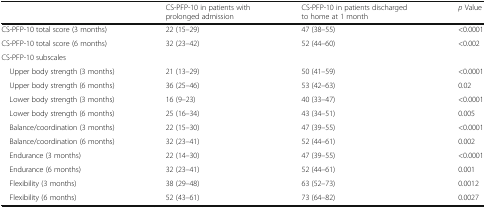
<table><thead><tr><td></td><td><b>CS-PFP-10 in patients with prolonged admission</b></td><td><b>CS-PFP-10 in patients discharged to home at 1 month</b></td><td><b><i>p</i> Value</b></td></tr></thead><tbody><tr><td>CS-PFP-10 total score (3 months)</td><td>22 (15–29)</td><td>47 (38–55)</td><td>&lt;0.0001</td></tr><tr><td>CS-PFP-10 total score (6 months)</td><td>32 (23–42)</td><td>52 (44–60)</td><td>&lt;0.002</td></tr><tr><td colspan="4">CS-PFP-10 subscales</td></tr><tr><td> Upper body strength (3 months)</td><td>21 (13–29)</td><td>50 (41–59)</td><td>&lt;0.0001</td></tr><tr><td> Upper body strength (6 months)</td><td>36 (25–46)</td><td>53 (42–63)</td><td>0.02</td></tr><tr><td> Lower body strength (3 months)</td><td>16 (9–23)</td><td>40 (33–47)</td><td>&lt;0.0001</td></tr><tr><td> Lower body strength (6 months)</td><td>25 (16–34)</td><td>43 (34–51)</td><td>0.005</td></tr><tr><td> Balance/coordination (3 months)</td><td>22 (15–30)</td><td>47 (39–55)</td><td>&lt;0.0001</td></tr><tr><td> Balance/coordination (6 months)</td><td>32 (23–41)</td><td>52 (44–61)</td><td>0.002</td></tr><tr><td> Endurance (3 months)</td><td>22 (14–30)</td><td>47 (39–55)</td><td>&lt;0.0001</td></tr><tr><td> Endurance (6 months)</td><td>32 (23–41)</td><td>52 (44–61)</td><td>0.001</td></tr><tr><td> Flexibility (3 months)</td><td>38 (29–48)</td><td>63 (52–73)</td><td>0.0012</td></tr><tr><td> Flexibility (6 months)</td><td>52 (43–61)</td><td>73 (64–82)</td><td>0.0027</td></tr></tbody></table>